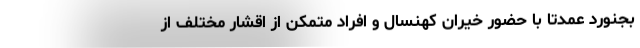
بجنورد عمدتا با حضور خیران کهنسال و افراد متمکن از اقشار مختلف از